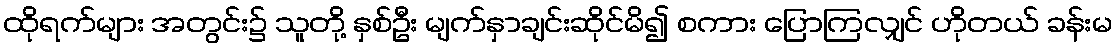
ထိုရက်များ အတွင်း၌ သူတို့ နှစ်ဦး မျက်နှာချင်းဆိုင်မိ၍ စကား ပြောကြလျှင် ဟိုတယ် ခန်းမ